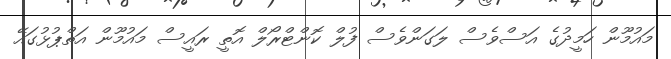
މައުމޫން ހަމީދުގެ އަސްވެސް ލަގަންވެސް ފުލް ކޮންޓްރޯލް އޮތީ ރައީސް މައުމޫން އަތްޕުޅުގައޭ